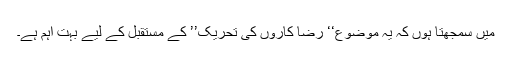
میں سمجھتا ہوں کہ یہ موضوع‘‘ رضا کاروں کی تحریک’’ کے مستقبل کے لیے بہت اہم ہے۔